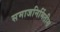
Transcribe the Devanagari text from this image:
समाजनिर्मितीस